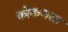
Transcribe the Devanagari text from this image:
कोकणस्त